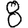
Digit: 8